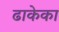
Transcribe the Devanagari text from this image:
ढाकेका